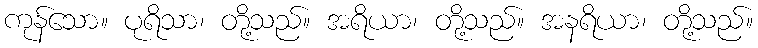
ကုန်သော။ ပုရိသာ၊ တို့သည်။ အရိယာ၊ တို့သည်။ အနရိယာ၊ တို့သည်။